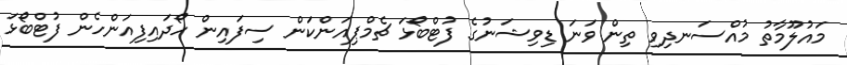
މައުލޫމާތު މުއްސަނދިވި ތިން ވަނަ ޑިވިޝަނުގެ ފުޓްބޯޅަ ޗެމްޕިއަންކަން ސިފައިން ހޯދައިފިއަންހެން ފުޓްބޯޅަ